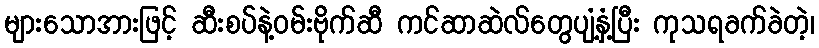
များသောအားဖြင့် ဆီးစပ်နဲ့ဝမ်းဗိုက်ဆီ ကင်ဆာဆဲလ်တွေပျံ့နှံ့ပြီး ကုသရခက်ခဲတဲ့၊